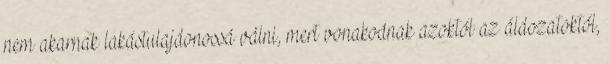
nem akarnak lakástulajdonossá válni, mert vonakodnak azoktól az áldozatoktól,